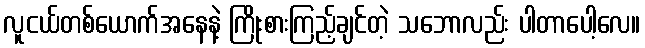
လူငယ်တစ်ယောက်အနေနဲ့ ကြိုးစားကြည့်ချင်တဲ့ သဘောလည်း ပါတာပေါ့လေ။